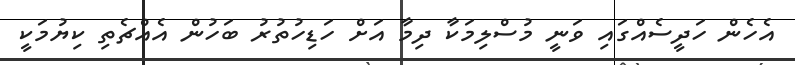
އެހެން ހަދީސެއްގައި ވަނީ މުސްލިމަކާ ދިމާ އަށް ހަޑިހުތުރު ބަހުން އެއްޗެތި ކިޔުމަކީ